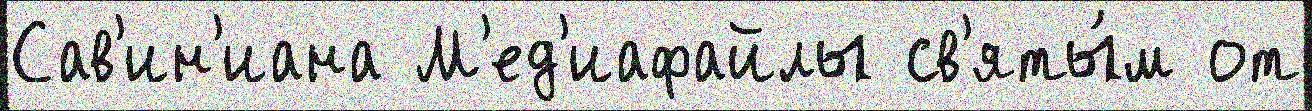
Сав'ин'иана М'ед'иафайлы св'яты́м от